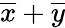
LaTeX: {\overline{{x}}}+{\overline{{y}}}